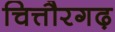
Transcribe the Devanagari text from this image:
चित्तौरगढ़